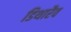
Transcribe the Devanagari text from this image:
डिथारैव